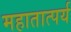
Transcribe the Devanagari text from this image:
महातात्पर्य